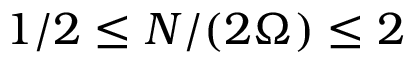
1 / 2 \le N / ( 2 \Omega ) \le 2